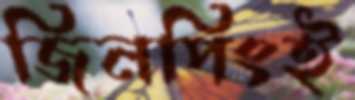
জিনপিংই